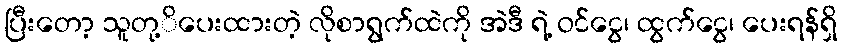
ပြီးတော့ သူတု့ိပေးထားတဲ့ လိုစာရွက်ထဲကို အဲဒီ ရဲ့ ဝင်ငွေ၊ ထွက်ငွေ၊ ပေးရန်ရှိ